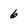
Character: 6